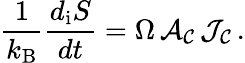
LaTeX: \frac{1}{k_{\mathrm{B}}}\frac{d_{\mathrm{i}}S}{dt}=\Omega\, {\cal A_{C}}\, {\cal J_{C}}\, .